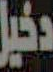
دخيل